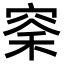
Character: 𫁏